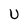
Character: U